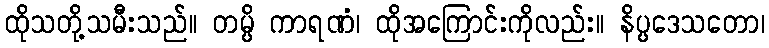
ထိုသတို့သမီးသည်။ တမ္ပိ ကာရဏံ၊ ထိုအကြောင်းကိုလည်း။ နိပ္ပဒေသတော၊